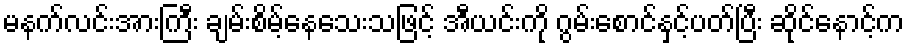
မနက်လင်းအားကြီး ချမ်းစိမ့်နေသေးသဖြင့် အီယင်းကို ဂွမ်းစောင်နှင့်ပတ်ပြီး ဆိုင်နောင့်က